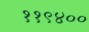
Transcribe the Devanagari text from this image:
११९४००